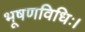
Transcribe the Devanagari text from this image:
भूषणविधिः।